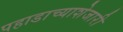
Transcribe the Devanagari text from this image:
पहाडाच्याशेजारी